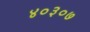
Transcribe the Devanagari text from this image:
४०३०७